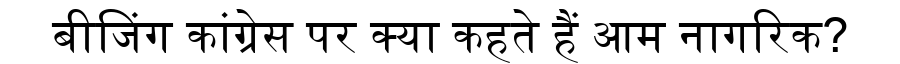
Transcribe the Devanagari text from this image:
बीजिंग कांग्रेस पर क्या कहते हैं आम नागरिक?